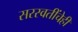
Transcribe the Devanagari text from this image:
सरस्वतींचेही